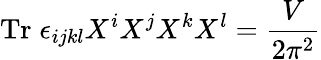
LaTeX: \mathrm{Tr}\; \epsilon_{ijkl}X^{i}X^{j}X^{k}X^{l}=\frac{V}{2\pi^{2}}